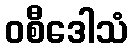
ဝစီဒေါသံ